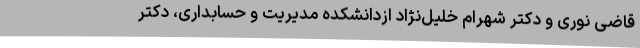
قاضی نوری و دکتر شهرام خلیل‌نژاد ازدانشکده مدیریت و حسابداری، دکتر